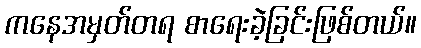
ကနေအမှတ်တရ စာရေးခဲ့ခြင်းဖြစ်တယ်။